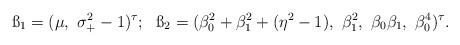
LaTeX: \begin{align*}\ss_1=(\mu, ~\sigma_+^2-1)^\tau; ~~\ss_2 =(\beta_0^2+\beta_1^2 + (\eta^2-1),~ \beta_1^2,~\beta_0\beta_1,~\beta_0^4)^\tau.\end{align*}